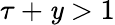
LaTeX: \tau+\mathit{y}>1